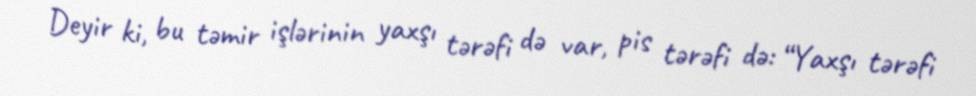
Deyir ki, bu təmir işlərinin yaxşı tərəfi də var, pis tərəfi də: “Yaxşı tərəfi